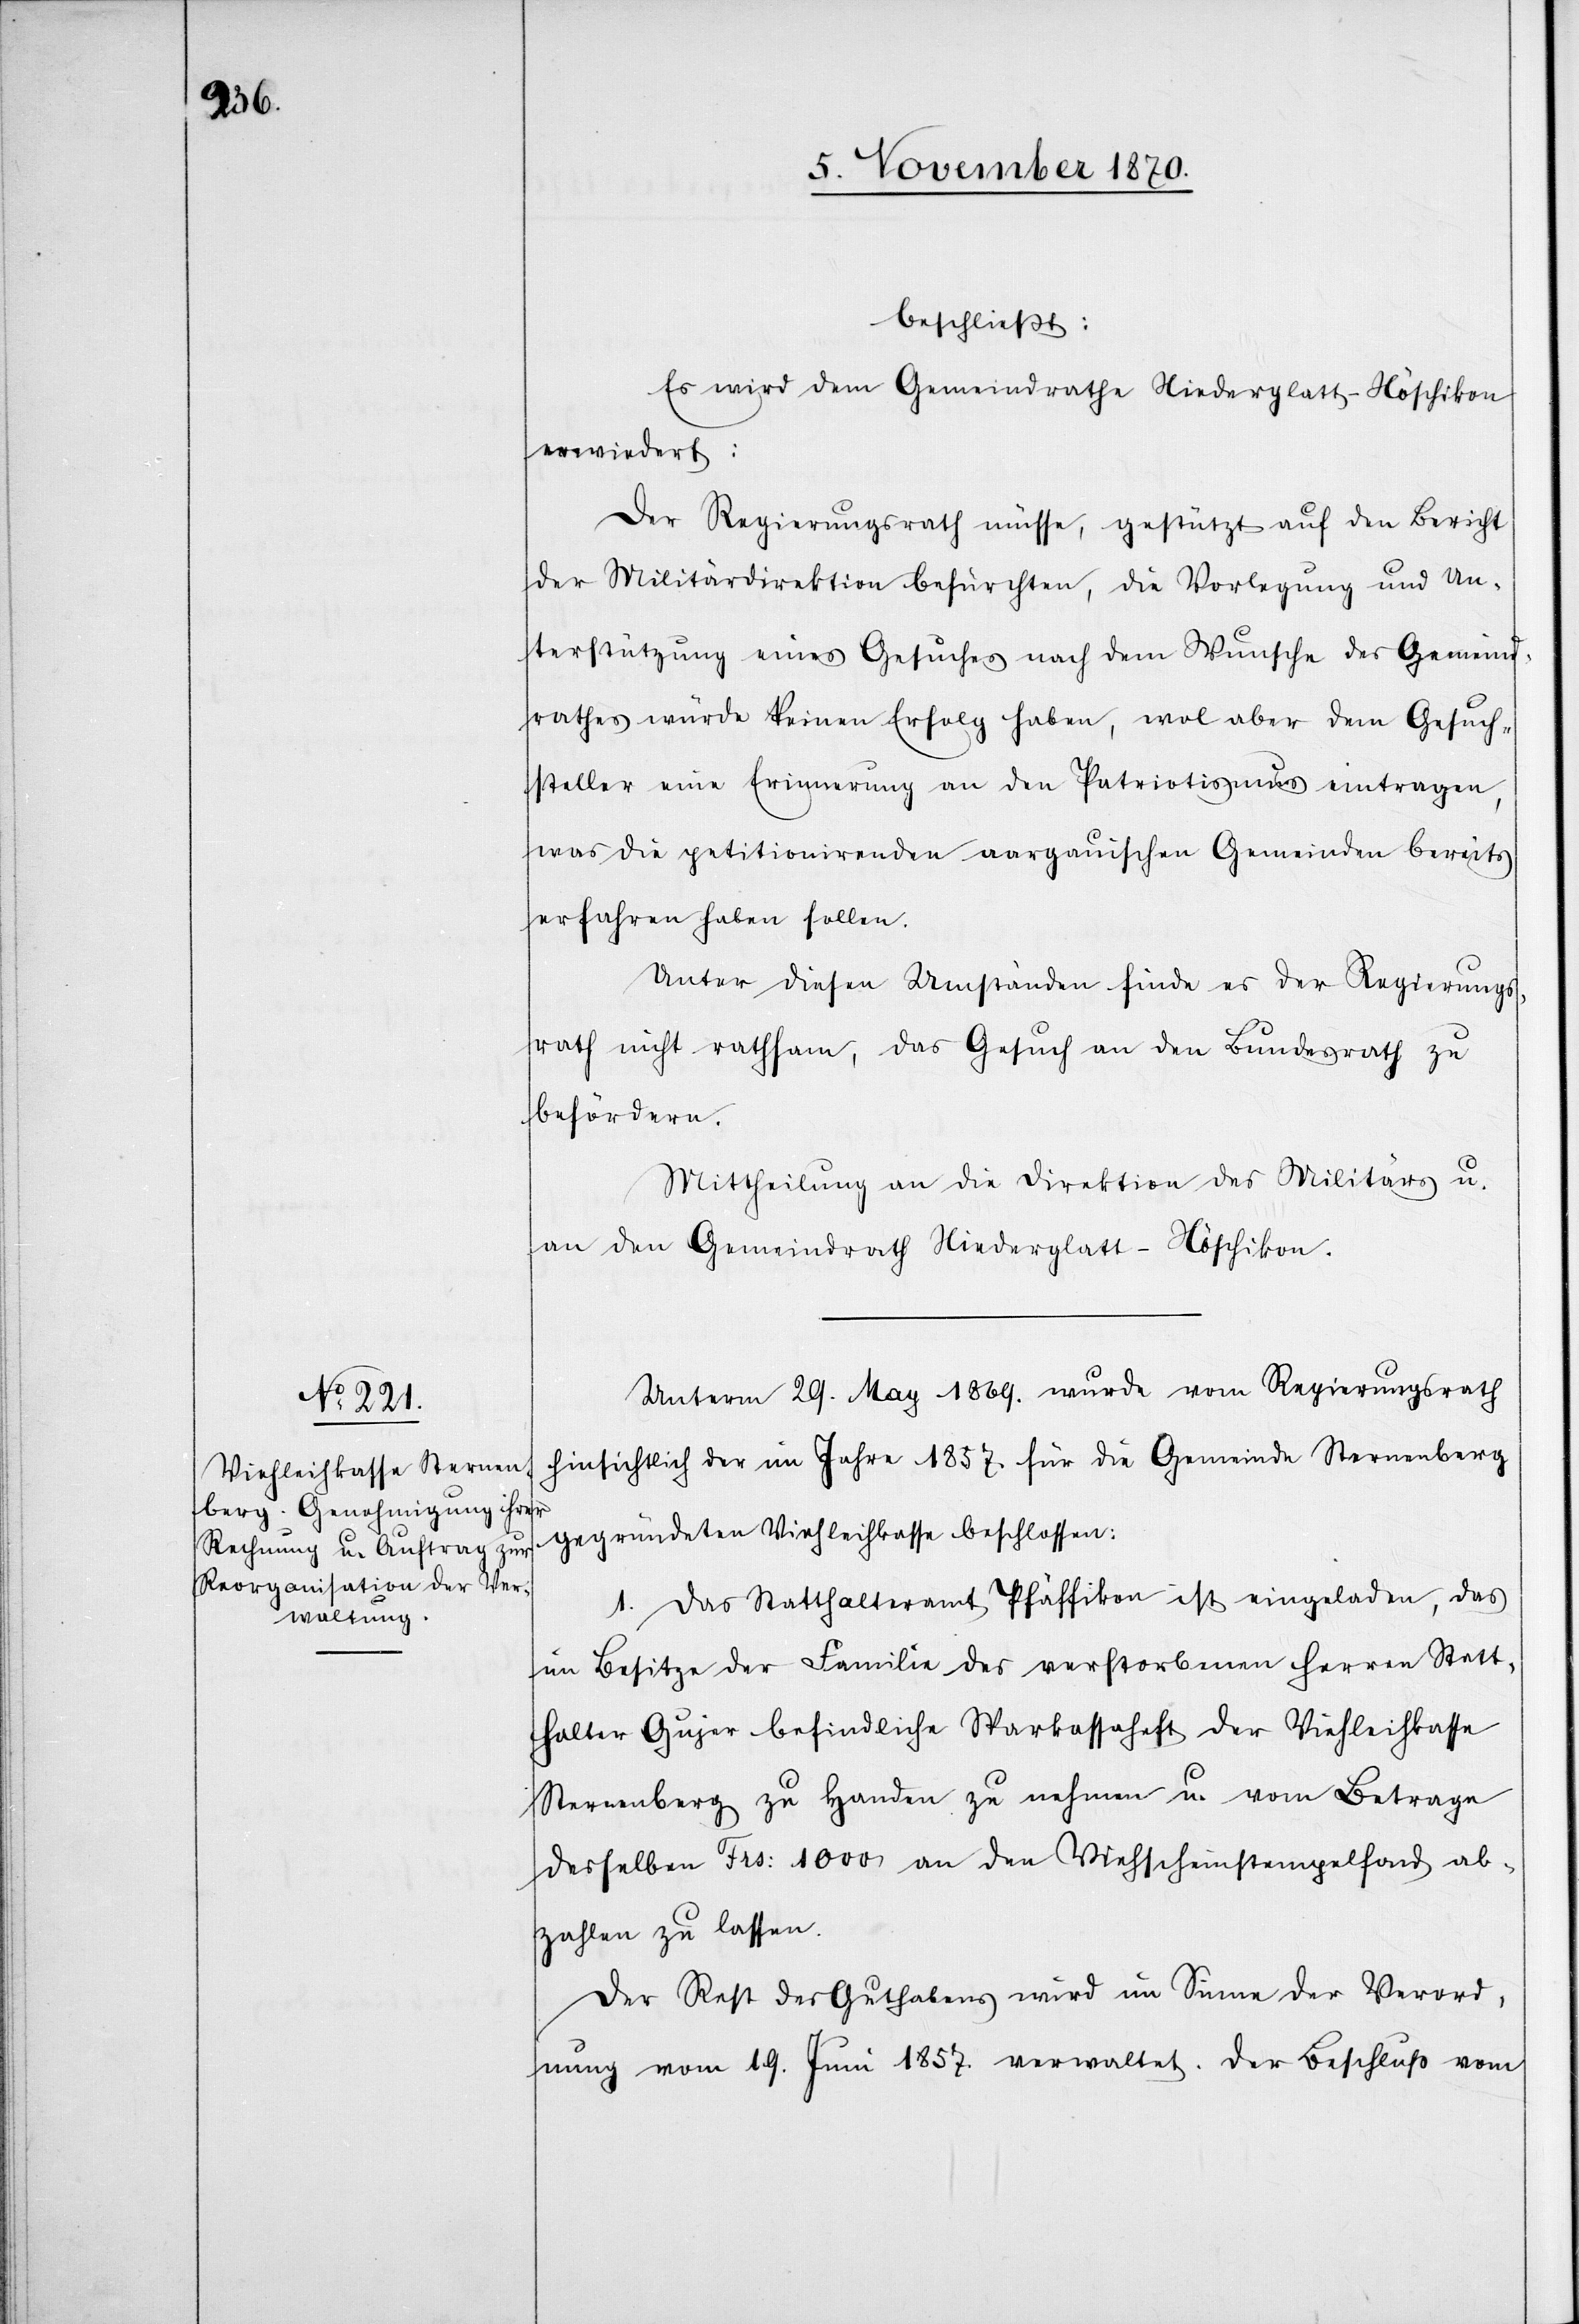
beschließt:
Es wird dem Gemeindrathe Niederglatt - Nöschikon
erwiedert:
Der Regierungsrath müsse, gestützt auf den Bericht
der Militärdirektion befürchten, die Vorlegung und Un¬
terstützung eines Gesuches nach dem Wunsche des Gemeind¬
rathes würde keinen Erfolg haben, wol aber dem Gesuch¬
steller eine Erinnerung an den Patriotismus eintragen,
was die petitionirenden aargauischen Gemeinden bereits
erfahren haben sollen.
Unter diesen Umständen finde es der Regierungs¬
rath nicht rathsam, das Gesuch an den Bundesrath zu
befördern.
Mittheilung an die Direktion des Militärs u.
an den Gemeindrath Niederglatt - Nöschikon.
Unterm 29. May 1869. wurde vom Regierungsrath
hinsichtlich der im Jahre 1857. für die Gemeinde Sternenberg
gegründete Viehleihkasse beschlossen.
1. Das Statthalteramt Pfäffikon ist eingeladen, das
im Besitze der Familie des verstorbenen Herren Statt¬
halter Gujer befindliche Sparkassaheft der Viehleihkasse
Sternenberg zu Handen zu nehmen u. vom Betrag
desselben Frs: 1000 an den Viehscheinstempelfond ab¬
zahlen zu lassen.
Der Rest des Guthabens wird im Sinne der Verord¬
nung vom 19. Juni 1857. verwaltet. Der Beschluß vom